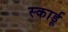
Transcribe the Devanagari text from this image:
स्कार्डू